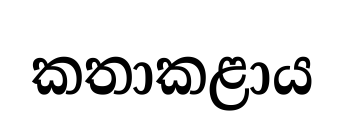
කතාකළාය